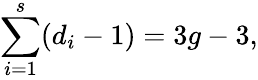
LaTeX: \sum_{i=1}^{s}(d_{i}-1)=3g-3,